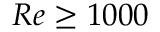
R e \ge 1 0 0 0